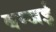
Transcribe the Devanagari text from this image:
बम्जई